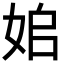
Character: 𡜥